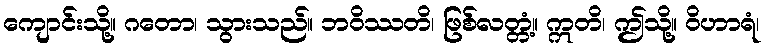
ကျောင်းသို့။ ဂတော၊ သွားသည်။ ဘဝိဿတိ၊ ဖြစ်လတ္တံ့။ ဣတိ၊ ဤသို့။ ဝိဟာရံ၊